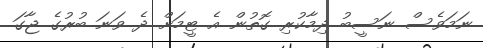
ނަމަވެސް ނަސީބު ދިމާކުރި ގޮތުން އެ ޓީމަށް ދެ ވަނަ ބުރުގެ ޖާގަ